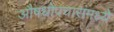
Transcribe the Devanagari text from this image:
औषधोपचारांमध्ये